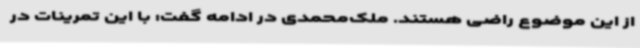
از این موضوع راضی هستند. ملک‌محمدی در ادامه گفت: با این تمرینات در